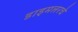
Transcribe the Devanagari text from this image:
डाइमलरचे